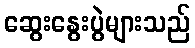
ဆွေးနွေးပွဲများသည်